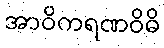
အာဝိကရဏဝိဓိ